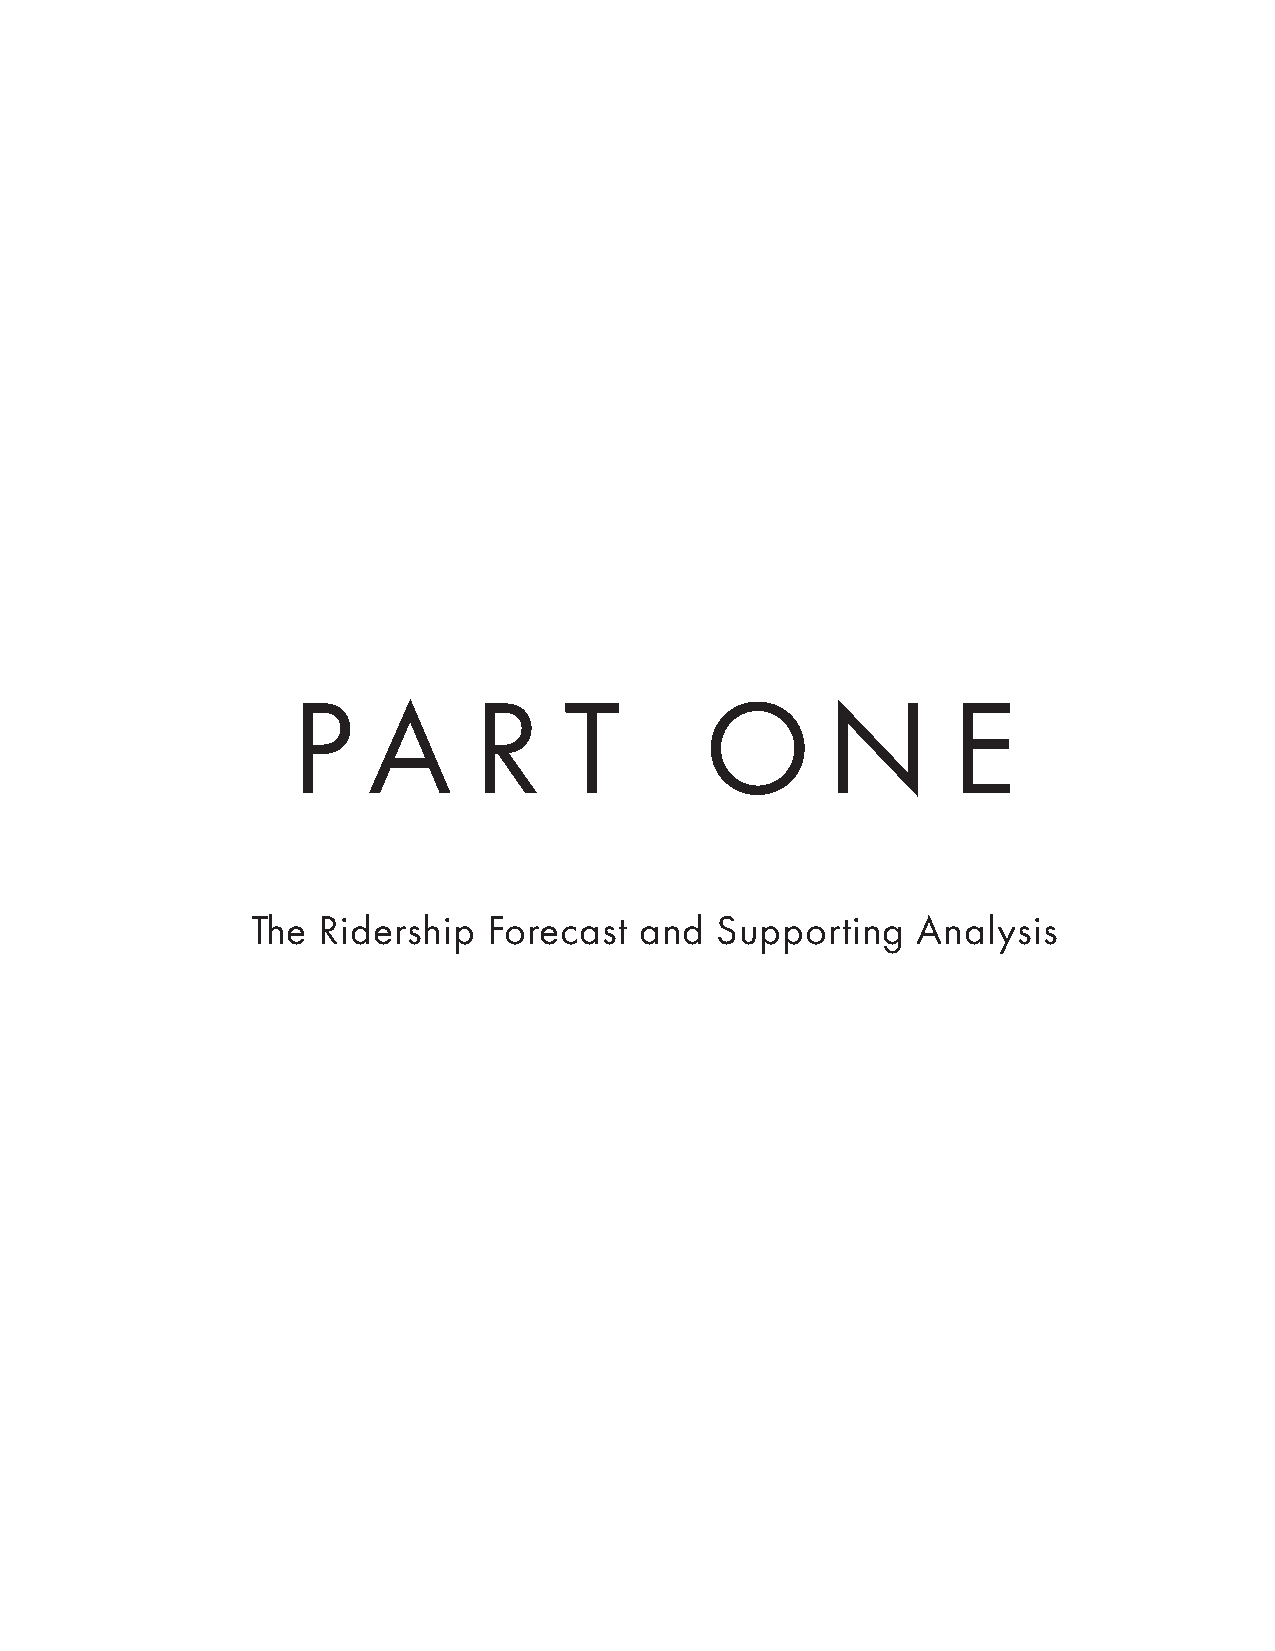
P    A      R     T         O       N       E
 The Ridership  Forecast  and  Supporting    Analysis